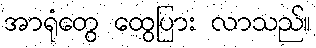
အာရုံတွေ ထွေပြား လာသည်။